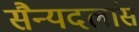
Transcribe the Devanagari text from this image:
सैन्यदलांस